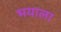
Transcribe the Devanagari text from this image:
भयाला